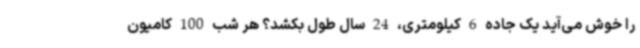
را خوش می‌آید یک جاده 6 کیلومتری، 24 سال طول بکشد؟ هر شب 100 کامیون